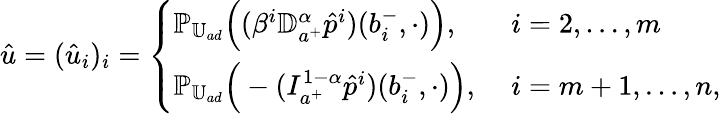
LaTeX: \hat{u}=(\hat{u}_{i})_{i}=\left\{ \begin{array}{ll}{\mathbb P_{\mathbb U_{ad}}\Big((\beta^{i}{\mathbb D}_{a^{+}}^{\alpha}\hat{p}^{i})(b_{i}^{-},\cdot)\Big),\quad}&{i=2,\ldots,m}\\ {\mathbb P_{\mathbb U_{ad}}\Big(-(I_{a^{+}}^{1-\alpha}\hat{p}^{i})(b_{i}^{-},\cdot)\Big),}&{i=m+1,\ldots,n,}\end{array}\right.